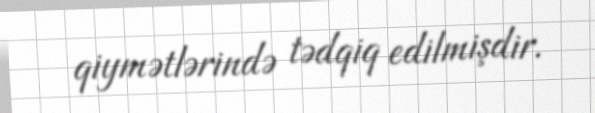
qiymətlərində tədqiq edilmişdir.